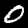
Label: 0